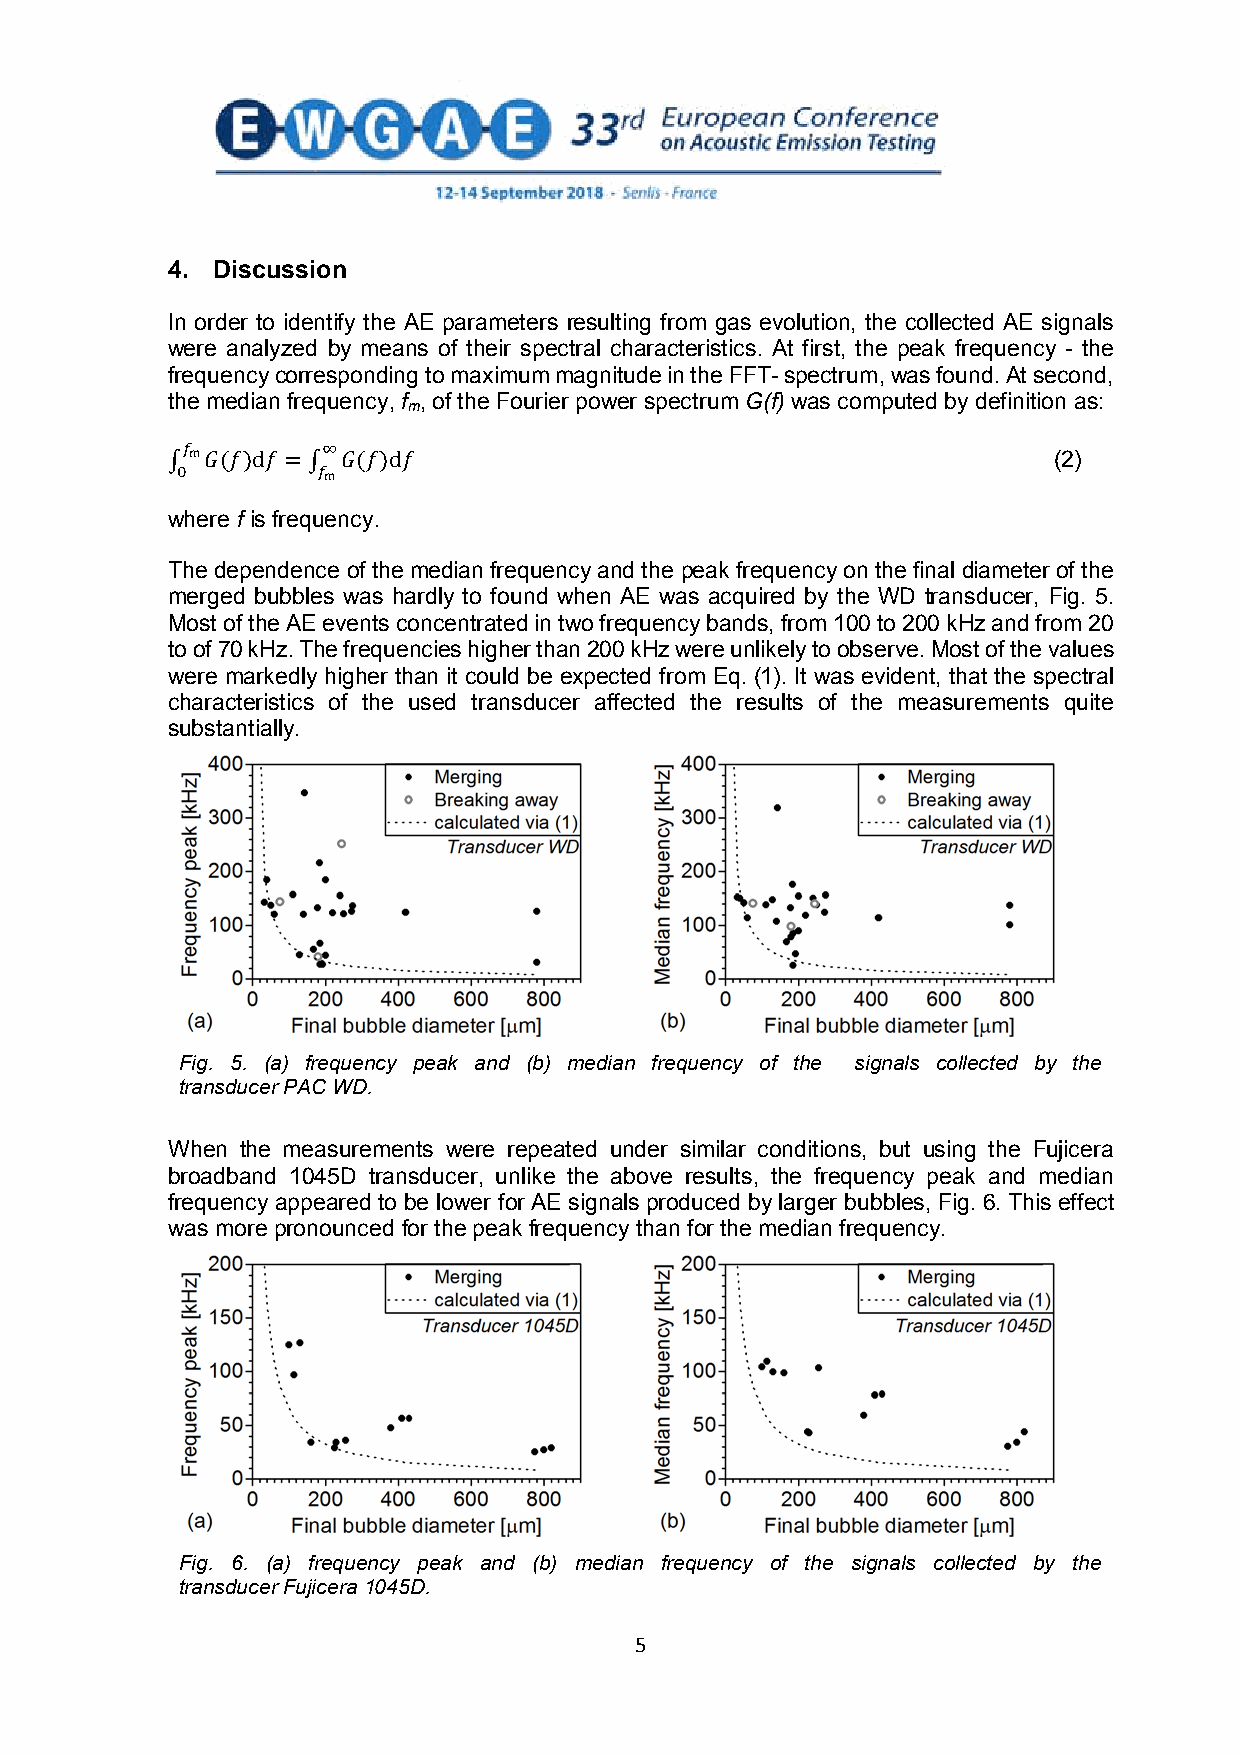
4. Discussion
 In order to identify the AE parameters resulting from gas evolution, the collected AE signals
 were analyzed by means of their spectral characteristics. At first, the peak frequency - the
 frequency corresponding tomaximummagnitude in the FFT-spectrum,was found. At second,
 themedian frequency, f , of the Fourier power spectrum G(f) was computed by definition as:
 m
 (2)
 𝑓𝑓𝑓𝑓m    ∞
 ∫0 𝐺𝐺𝐺𝐺(𝑓𝑓𝑓𝑓)d𝑓𝑓𝑓𝑓 = ∫𝑓𝑓𝑓𝑓m𝐺𝐺𝐺𝐺(𝑓𝑓𝑓𝑓)d𝑓𝑓𝑓𝑓
 where f is frequency.
 Thedependence of the median frequency and the peak frequency onthefinaldiameter of the
 merged bubbles was hardly to found when AE was acquired by the WD transducer, Fig. 5.
 Most of the AE events concentrated in two frequency bands, from 100 to 200 kHz and from 20
 to of70 kHz.The frequencies higher than 200 kHz were unlikely to observe.Most of the values
 were markedly higher than it could be expected from Eq. (1). It was evident, that the spectral
 characteristics of the used transducer affected the results of the measurements quite
 substantially.
 Fig. 5. (a) frequency peak and (b) median frequency of the signals collected by the
 transducerPACWD.
 When the measurements were repeated under similar conditions, but using the Fujicera
 broadband 1045D transducer, unlike the above results, the frequency peak and median
 frequency appeared to be lower for AE signals produced by larger bubbles, Fig. 6. This effect
 was more pronounced for the peak frequency thanfor the median frequency.
 Fig. 6. (a) frequency peak and (b) median frequency of the signals collected by the
 transducerFujicera1045D.
 5